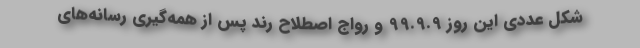
شکل عددی این روز 99.9.9 و رواج اصطلاح رُند پس از همه‌گیری رسانه‌های